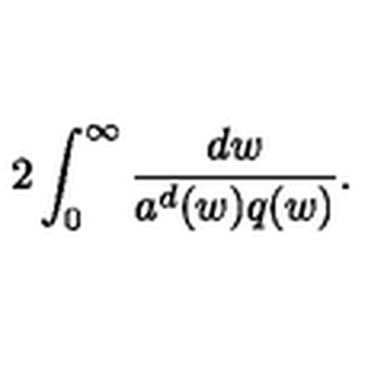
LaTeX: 2 \int _ { 0 } ^ { \infty } \frac { d w } { a ^ { d } ( w ) q ( w ) } .